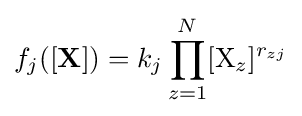
f_{j}([\mathbf {X} ])=k_{j}\prod _{z=1}^{N}[{\ce {X}}_{z}]^{r_{zj}}